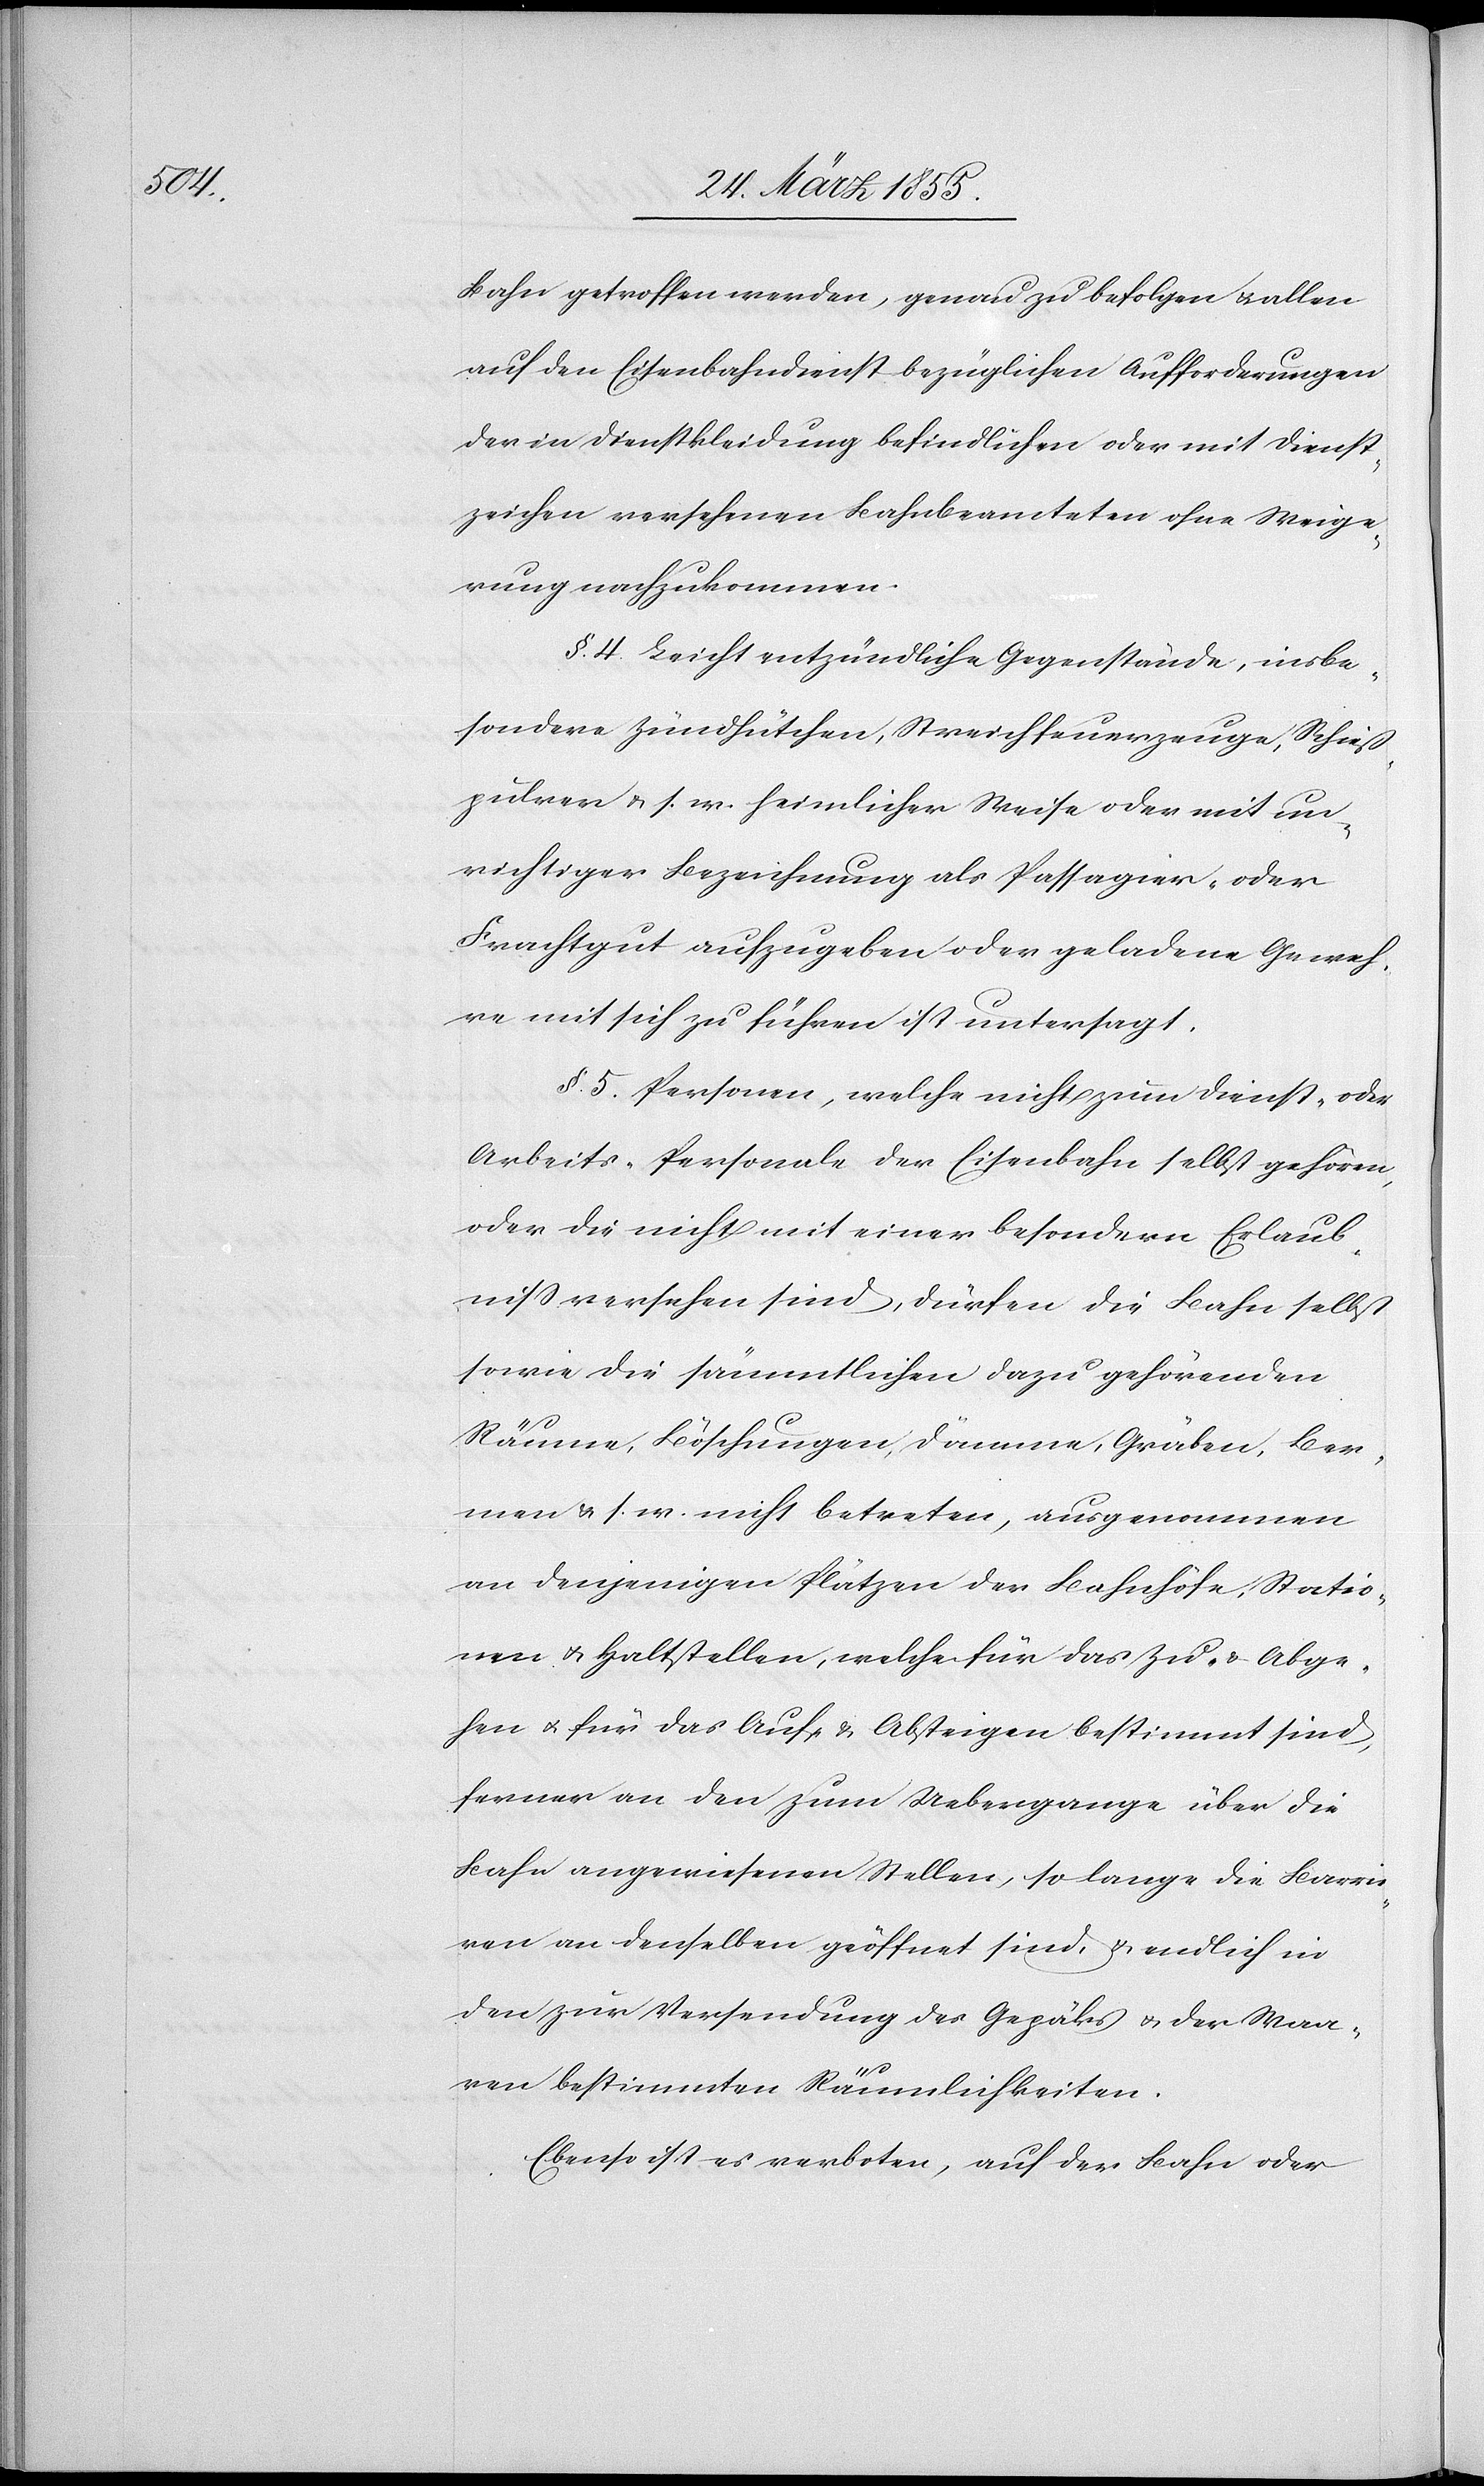
Bahn getroffen werden, genau zu befolgen & allen
auf den Eisenbahndienst bezüglichen Aufforderungen
der in Dienstkleidung befindlichen oder mit Dienst¬
zeichen versehenen Bahnbeamteten ohne Weige¬
rung nachzukommen.
§. 4. Leicht entzündliche Gegenstände, insbe¬
sondere Zündhütchen, Streichfeuerzeuge, Schuß¬
pulver & s. w. heimlicher Weise oder mit un¬
richtiger Bezeichnung als Passagier- oder
Frachtgut aufzugeben oder geladene Geweh¬
re mit sich zu führen ist untersagt.
§. 5. Personen, welche nicht zum Dienst, oder
Arbeits-Personale der Eisenbahn selbst gehören,
oder die nicht mit einer besondern Erlaub¬
niss versehen sind, dürfen die Bahn selbst
sowie die sämmtlichen dazu gehörenden
Räume, Böschungen, Dämme, Gräben, Ber¬
men & s. w. nicht betreten, ausgenommen
an denjenigen Plätzen der Bahnhöfe, Statio¬
nen & Haltstellen, welche für das Zu- & Abge¬
hen & für das Auf- & Absteigen bestimmt sind,
ferner an den zum Uebergange über die
Bahn angewiesenen Stellen, so lange die Barrie¬
ren an denselben geöffnet sind, & endlich in
den zur Versendung des Gepäks & der Waa¬
ren bestimmten Räumlichkeiten.
Ebenso ist es verboten, auf der Bahn oder